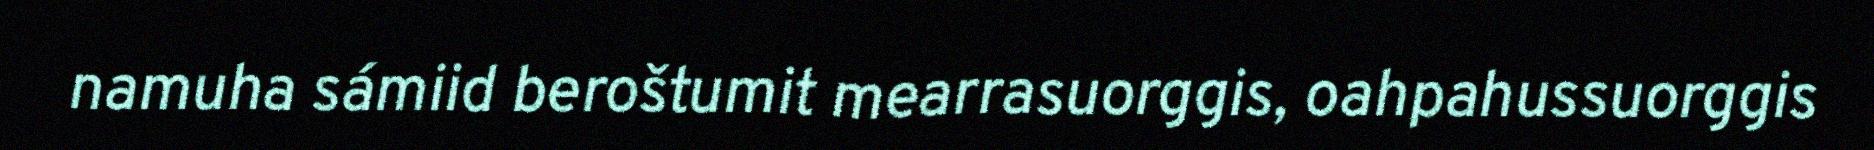
namuha sámiid beroštumit mearrasuorggis, oahpahussuorggis